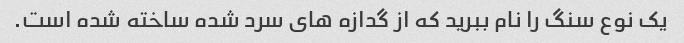
یک نوع سنگ را نام ببرید که از گدازه های سرد شده ساخته شده است.